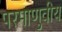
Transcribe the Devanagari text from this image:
परमाणुवीय